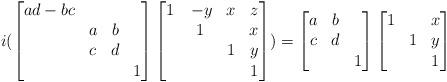
LaTeX: \begin{align*} i(\begin{bmatrix}ad-bc\\&a&b\\&c&d\\&&&1\end{bmatrix}\begin{bmatrix}1&\,-y&x&z\\&1&&x\\&&1&y\\&&&1\end{bmatrix})=\begin{bmatrix}a&b\\c&d\\&&1\end{bmatrix}\begin{bmatrix}1&&x\\&1&y\\&&1\end{bmatrix}\end{align*}